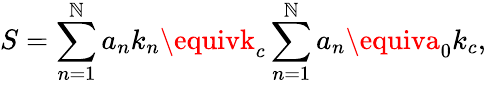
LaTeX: S=\sum_{n=1}^{\mathbb{N}}a_{n}k_{n}\equivk_{c}\sum_{n=1}^{\mathbb{N}}a_{n}\equiva_{0}k_{c},